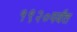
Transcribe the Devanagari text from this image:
१९२०पर्यंत